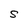
Character: S